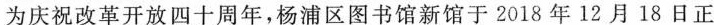
为庆祝改革开放四十周年，杨浦区图书馆新馆于2018年12月18日正